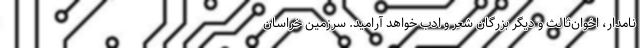
نامدار، اخوان‌ثالث و دیگر بزرگان شعر و ادب خواهد آرامید. سرزمین خراسان